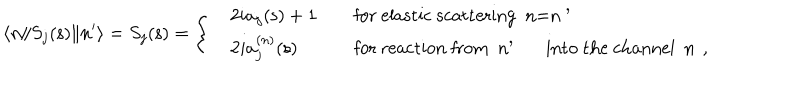
LaTeX: \langle n \| S _ { j } ( { \mathsf s } ) \| n ^ { \prime } \rangle = S _ { j } ( { \mathsf s } ) = \left\{ \begin{array} { l l l } { { } } & { { 2 i a _ { j } ( { \mathsf s } ) + 1 \quad } } & { { \mathrm { f o r ~ e l a s t i c ~ s c a t t e r i n g ~ n = n ~ ^ { \prime } ~ } } } \\ { { } } & { { 2 i a _ { j } ^ { ( n ) } ( { \mathsf s } ) \quad } } & { { \mathrm { f o r ~ r e a c t i o n ~ f r o m ~ n ^ { \prime } ~ i n t o ~ t h e ~ c h a n n e l ~ n ~ } \, , } } \\ \end{array} \right.